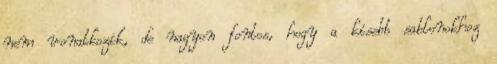
nem vonatkozik, de nagyon fontos, hogy a kisebb sablonokhoz